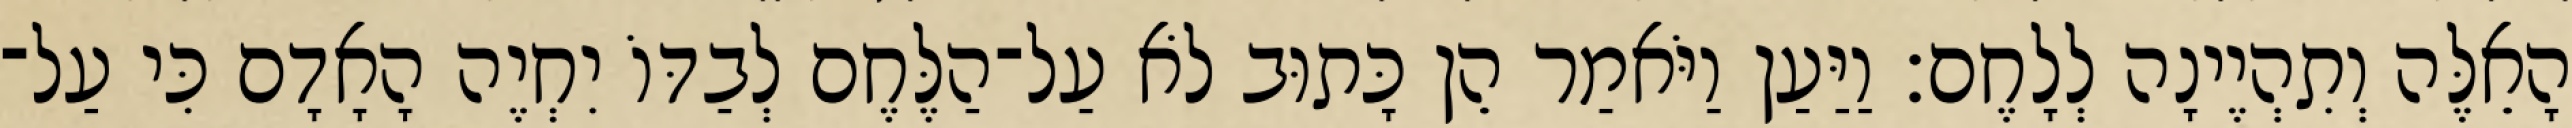
הָאֵלֶּה וְתִהְיֶינָה לְלָחֶם׃ וַיַּעַן וַיֹּאמַר הֵן כָּתוּב לֹא עַל־הַלֶּחֶם לְבַדּוֹ יִחְיֶה הָאָדָם כִּי עַל־